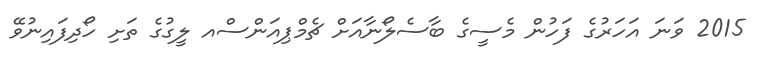
2015 ވަނަ އަހަރުގެ ފަހުން މެސީގެ ބާސެލޯނާއަށް ޗެމްޕިއަންސްއ ލީގުގެ ތަށި ހޯދިފައިނުވޭ